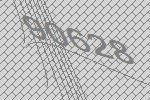
90628